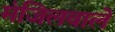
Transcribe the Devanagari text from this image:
मंजिलवाले